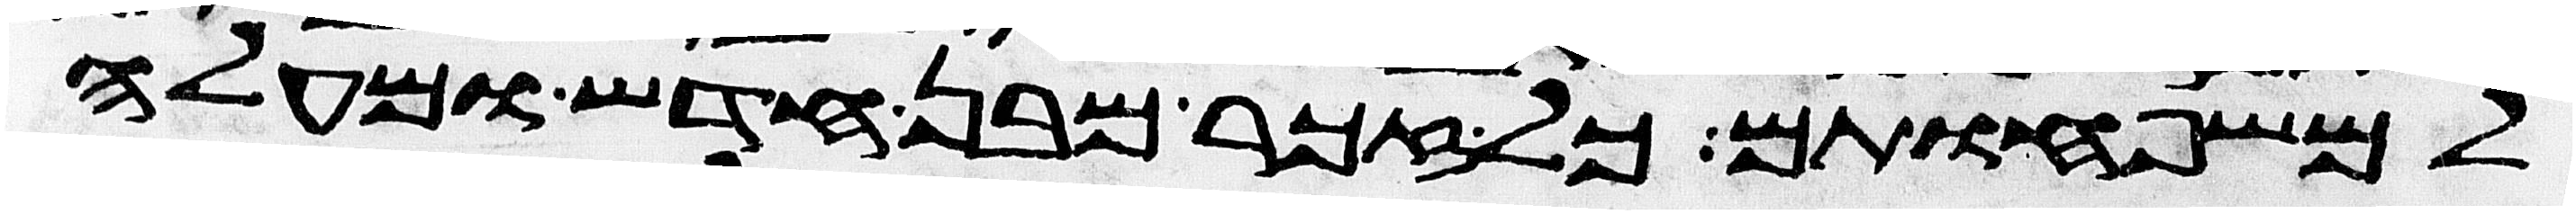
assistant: למשפחותם כל זכר מבן חדש ומעלה